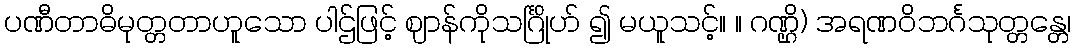
ပဏီတာဓိမုတ္တတာဟူသော ပါဌ်ဖြင့် ဈာန်ကိုသင်္ဂြိုဟ် ၍ မယူသင့်။ ။ ဂဏ္ဌိ) အရဏဝိဘင်္ဂသုတ္တန္တေ၊